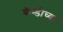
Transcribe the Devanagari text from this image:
कॅन्डीच्या